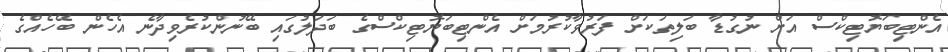
އެންޓިބަޔޮޓިކްސް އަށް ނުގުޑާ ބަލިތަކަށް ފަރުވާކުރުމަށް އެންޓިބަޔޮޓިކްސްގެ ބަދަލުގައި ބޭނުންކުރެވިދާނެ އެހެން ބޭހެއްގެ